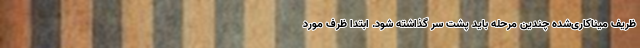
ظریف میناکاری‌شده چندین مرحله باید پشت سر گذاشته شود. ابتدا ظرف مورد